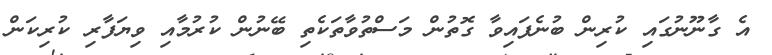
އެ ގާނޫނުގައި ކުރިން ބުނެފައިވާ ގޮތުން މަސްތުވާތަކެތި ބޭނުން ކުރުމާއި ވިޔަފާރި ކުރިކަން